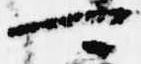
可